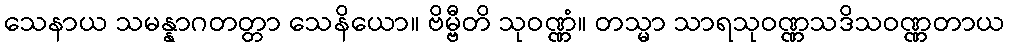
သေနာယ သမန္နာဂတတ္တာ သေနိယော။ ဗိမ္ဗီတိ သုဝဏ္ဏံ။ တသ္မာ သာရသုဝဏ္ဏသဒိသဝဏ္ဏတာယ